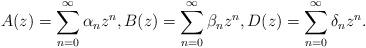
LaTeX: \begin{align*}A(z)=\sum_{n=0}^\infty\alpha_nz^n,B(z)=\sum_{n=0}^\infty\beta_nz^n,D(z)=\sum_{n=0}^\infty\delta_nz^n.\end{align*}